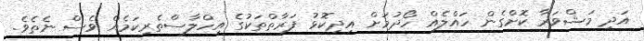
އަދި މަޝްވަރާ ކޮށްގެން ހައްލެއް ހޯދުމަށް އިދިކޮޅު ފަރާތްތަކުގެ އިހްލާސްތެރިކަމެއް ވެސް ނެތެވެ.